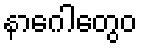
နာဂေါတွေဝ